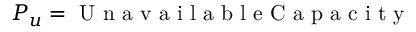
P _ { u } = \mathrm { ~ U ~ n ~ a ~ v ~ a ~ i ~ l ~ a ~ b ~ l ~ e ~ C ~ a ~ p ~ a ~ c ~ i ~ t ~ y ~ }